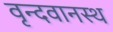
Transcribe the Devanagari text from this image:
वृन्दवानस्थ